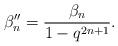
LaTeX: \begin{align*}\beta''_n = \frac{\beta_{n}}{1-q^{2n+1}}.\end{align*}